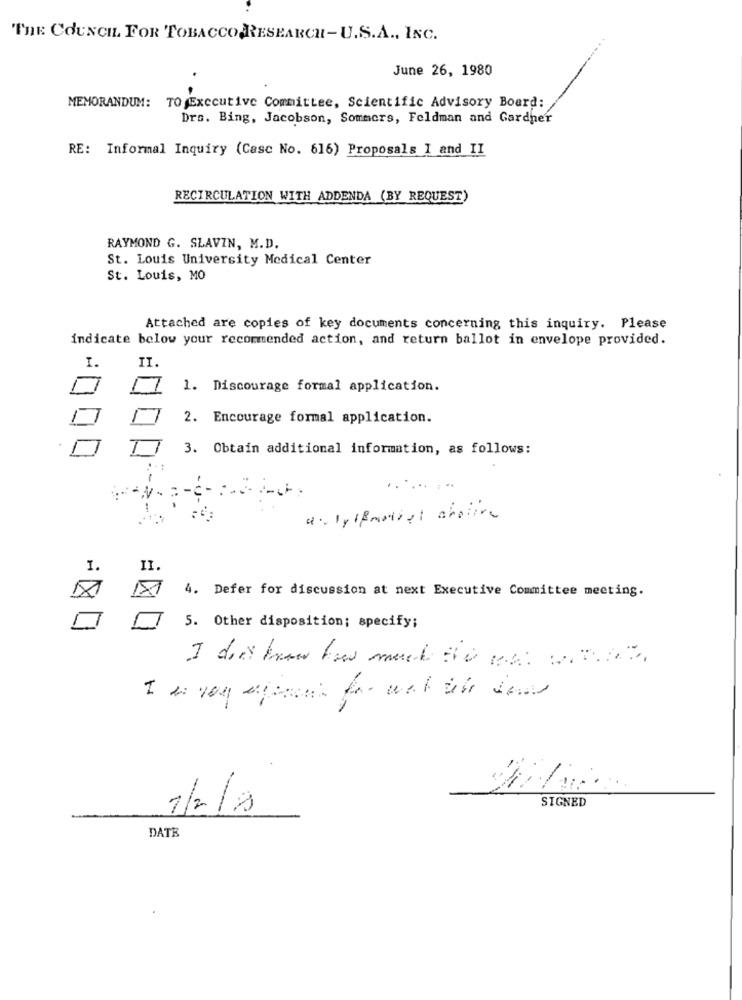
THE COUNCIL FOR TOBACCO RESEARCH-U.S.A ., INC.
June 26, 1980
MEMORANDUM: TO Executive Committee, Scientific Advisory Board:
Drs. Bing, Jacobson, Sommers, Feldman and Gardner
RE: Informal Inquiry (Casc No. 616) Proposals I and II
RECIRCULATION WITH ADDENDA (BY REQUEST)
RAYMOND G. SLAVIN, M.D.
St. Louis University Medical Center
St. Louis, MO
Attached are copies of key documents concerning this inquiry. Please
indicate below your recommended action, and return ballot in envelope provided.
I.
II
1. Discourage formal application.
2. Encourage formal application.
3. Obtain additional information, as follows:
.......
1.
II.
4. Defer for discussion at next Executive Committee meeting.
5. Other disposition; specify;
SIGNED
1/2/9
DATE